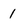
Character: 1